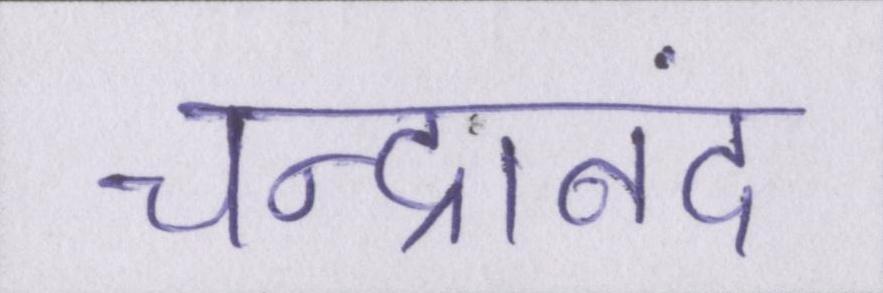
चन्द्रानंद